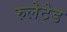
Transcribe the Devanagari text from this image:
रुलेटेड